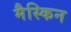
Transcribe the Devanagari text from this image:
मैस्किन